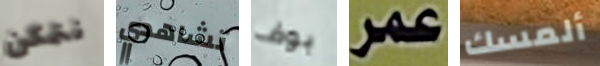
نتمكن تشاهدي بوف عمر ألمسك